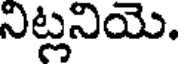
నిట్లనియె.